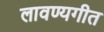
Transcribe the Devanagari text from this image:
लावण्यगीत